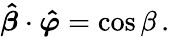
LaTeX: {\boldsymbol{\hat{\beta}}}\cdot{\boldsymbol{\hat{\varphi}}}=\cos{\beta}\, .